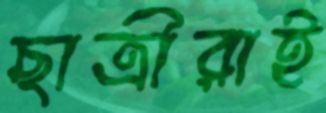
ছাত্রীরাই